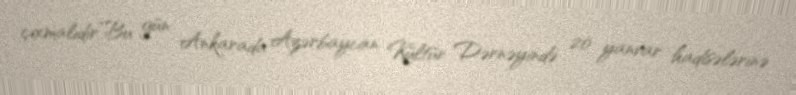
çıxmalıdır”Bu gün Ankarada Azərbaycan Kültür Dərnəyində 20 yanvar hadisələrinə